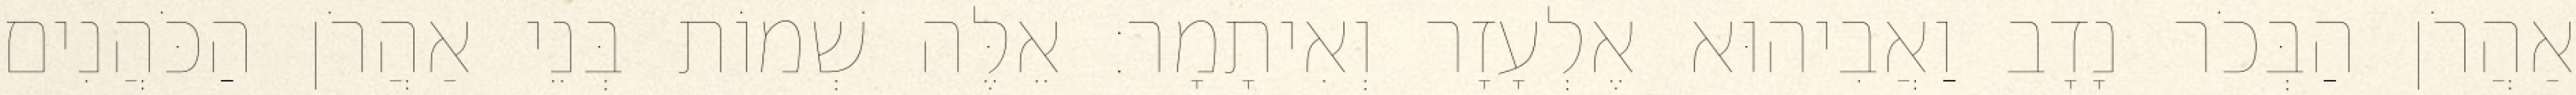
אַהֲרֹן הַבְּכֹר נָדָב וַאֲבִיהוּא אֶלְעָזָר וְאִיתָמָר׃ אֵלֶּה שְׁמוֹת בְּנֵי אַהֲרֹן הַכֹּהֲנִים